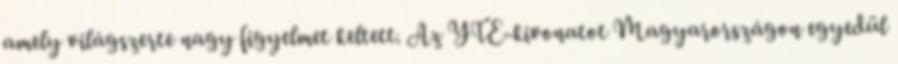
amely világszerte nagy figyelmet keltett. Az YTE-kivonatot Magyarországon egyedül